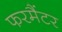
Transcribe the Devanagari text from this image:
फरमैंटर